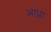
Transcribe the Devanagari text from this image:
आ्ध्रा